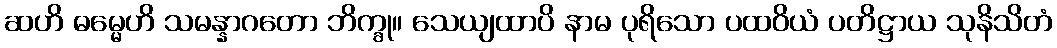
ဆဟိ ဓမ္မေဟိ သမန္နာဂတော ဘိက္ခု။ သေယျထာပိ နာမ ပုရိသော ပထဝိယံ ပတိဋ္ဌာယ သုနိသိတံ